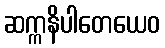
ဆက္ကနိပါတေယေဝ